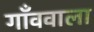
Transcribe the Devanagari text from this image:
गाँववाला